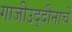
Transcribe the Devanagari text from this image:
गाजीउद्दीनाचें